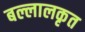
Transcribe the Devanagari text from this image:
बल्लालकृत